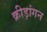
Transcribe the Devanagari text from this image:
क्रीड़ांगन